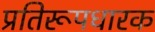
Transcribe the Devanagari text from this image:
प्रतिरूपधारक